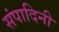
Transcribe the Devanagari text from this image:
संपादिनी